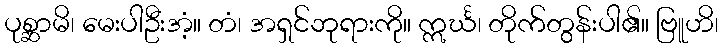
ပုစ္ဆာမိ၊ မေးပါဦးအံ့။ တံ၊ အရှင်ဘုရားကို။ ဣင်္ဃ၊ တိုက်တွန်းပါ၏။ ဗြူဟိ၊